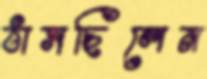
ঠাসছিলেন